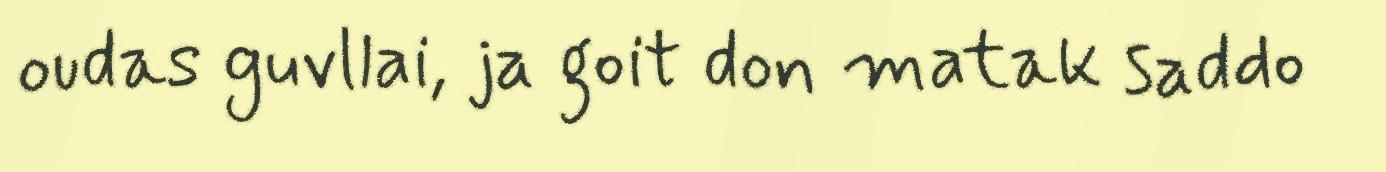
oudas guvllai, ja goit don matak saddo